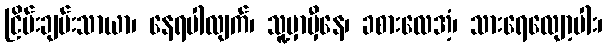
ငြိမ်းချမ်းသာယာ၊ နေရပါလျက်၊ သူ့မှာမှီနေ၊ ခစားလေအံ့၊ သားရေလျော့ပါး၊